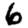
Digit: 6